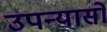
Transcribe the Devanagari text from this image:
उपन्यासो